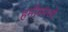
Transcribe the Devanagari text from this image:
हमीरमध्ये